Indian journal of veterinary science and animal husbandry - Volume 13,
Year: 1943
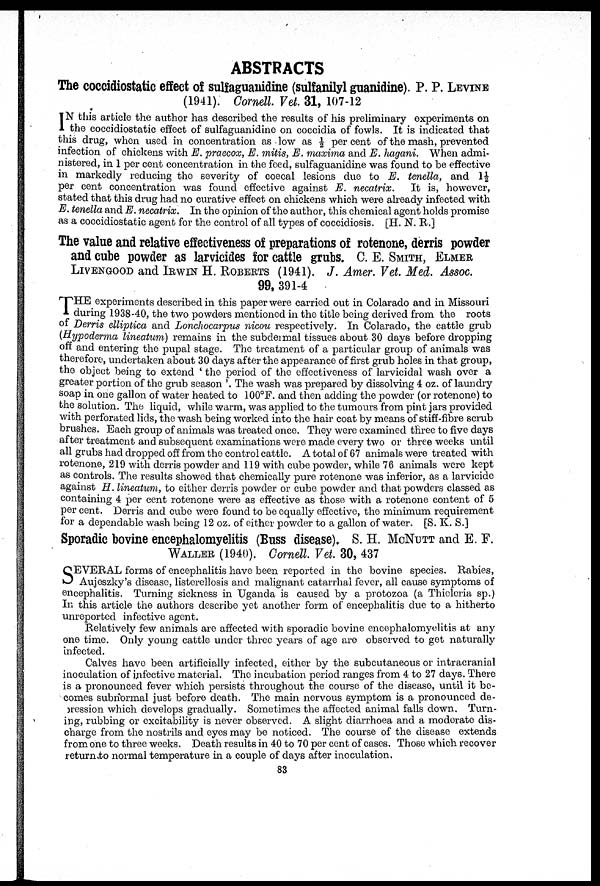
ABSTRACTS
The coccidiostatic effect of sulfaguanidine (sulfanilyl guanidine). P. P. LEVINE
(1941). Cornell. Vet. 31, 107-12
I N this article the author has described the results of his preliminary experiments on
the coccidiostatic effect of sulfaguanidine on coccidia of fowls. It is indicated that
this drug, when used in concentration as low as ½ per cent of the mash, prevented
infection of chickens with E. praecox, E. mitis, E. maxima and E. hagani. When admi-
nistered, in 1 per cent concentration in the feed, sulfaguanidine was found to be effective
in markedly reducing the severity of coecal lesions due to E. tenella, and 1½
per cent concentration was found effective against E. necatrix.
It is, however,
stated that this drug had no curative effect on chickens which were already infected with
E. tenella and E. necatrix. In the opinion of the author, this chemical agent holds promise
as a coccidiostatic agent for the control of all types of coccidiosis. [H. N. R.]
The value and relative effectiveness of preparations of rotenone, derris powder
and cube powder as larvicides for cattle grubs. C. E. SMITH, ELMER
LIVENGOOD and IRWIN H. ROBERTS (1941). J. Amer. Vet. Med. Assoc.
99, 391-4
THE experiments described in this paper were carried out in Colarado and in Missouri
1 during 1938-40, the two powders mentioned in the title being derived from the roots
of Derris elliptica and Lonchocarpus nicou respectively. In Colarado, the cattle grub
(Hypoderma lineatum) remains in the subdermal tissues about 30 days before dropping
off and entering the pupal stage. The treatment of a particular group of animals was
therefore, undertaken about 30 days after the appearance of first grub holes in that group,
the object being to extend ' the period of the effectiveness of larvicidal wash over a
greater portion of the grub season '. The wash was prepared by dissolving 4 oz. of laundry
soap in one gallon of water heated to 100°F. and then adding the powder (or rotenone) to
the solution. The liquid, while warm, was applied to the tumours from pint jars provided
with perforated lids, the wash being worked into the hair coat by means of stiff-fibre scrub
brushes. Each group of animals was treated once. They were examined three to five days
after treatment and subsequent examinations were made every two or three weeks until
all grubs had dropped off from the control cattle. A total of 67 animals were treated with
rotenone, 219 with derris powder and 119 with cube powder, while 76 animals were kept
as controls. The results showed that chemically pure rotenone was inferior, as a larvicide
against H. lineatum, to either derris powder or cube powder and that powders classed as
containing 4 per cent rotenone were as effective as those with a rotenone content of 5
per cent. Derris and cube were found to be equally effective, the minimum requirement
for a dependable wash being 12 oz. of either powder to a gallon of water. [S. K. S.]
Sporadic bovine encephalomyelitis (Buss disease). S. H. MCNUTT and E. F.
WALLER (1940). Cornell. Vet. 30, 437
S EVERAL forms of encephalitis have been reported in the bovine species. Rabies,
Aujoszky's disease, listerellosis and malignant catarrhal fever, all cause symptoms of
encephalitis. Turning sickness in Uganda is caused by a protozoa (a Thieleria sp.)
In this article the authors describe yet another form of encephalitis due to a hitherto
unreported infective agent.
Relatively few animals are affected with sporadic bovine encephalomyelitis at any
one time. Only young cattle under three years of age are observed to get naturally
infected.
Calves have been artificially infected, either by the subcutaneous or intracranial
inoculation of infective material. The incubation period ranges from 4 to 27 days. There
is a pronounced fever which persists throughout the course of the disease, until it be-
comes subnormal just before death. The main nervous symptom is a pronounced de¬
pression which develops gradually. Sometimes the affected animal falls down. Turn-
ing, rubbing or excitability is never observed. A slight diarrhoea and a moderate dis-
charge from the nostrils and eyes may be noticed. The course of the disease extends
from one to three weeks. Death results in 40 to 70 per cent of cases. Those which recover
return,to normal temperature in a couple of days after inoculation.
83